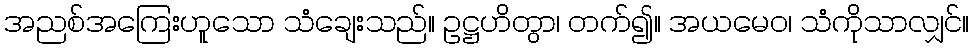
အညစ်အကြေးဟူသော သံချေးသည်။ ဥဋ္ဌဟိတွာ၊ တက်၍။ အယမေဝ၊ သံကိုသာလျှင်။